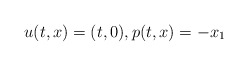
\begin{align*}u(t, x) = (t, 0), p(t, x) = -x_1\end{align*}